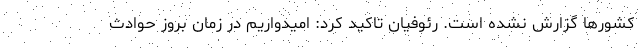
کشورها گزارش نشده است. رئوفیان تاکید کرد: امیدواریم در زمان بروز حوادث